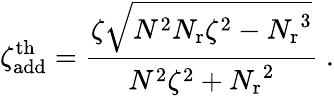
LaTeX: \zeta_{\mathrm{add}}^{\mathrm{th}}=\frac{\zeta\sqrt{N^{2}{N_{\mathrm{r}}}\zeta^{2}-{N_{\mathrm{r}}}^{3}}}{N^{2}\zeta^{2}+{N_{\mathrm{r}}}^{2}}\; .